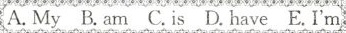
A. My B.am C.is D.have E.I'm